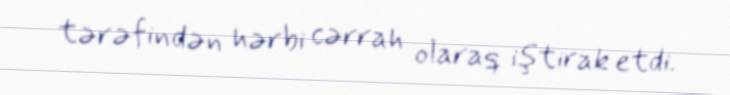
tərəfindən hərbi cərrah olaraq iştirak etdi.